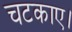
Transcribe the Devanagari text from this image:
चटकाए।